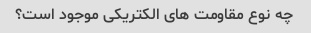
چه نوع مقاومت های الکتریکی موجود است؟